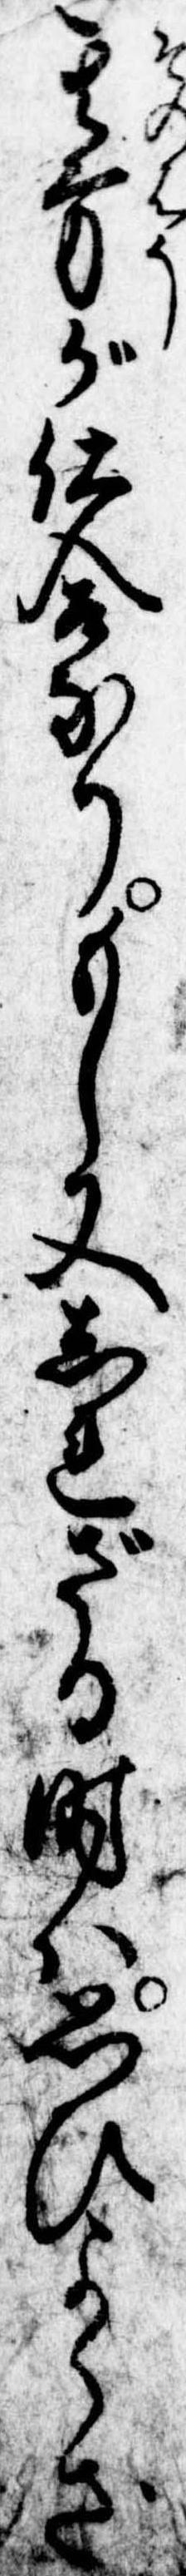
其方が仕合なりもし又しれざる時は思ひよらざ